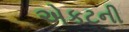
એકટની